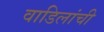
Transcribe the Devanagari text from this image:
वाडिलांची